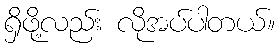
ရှိဖို့လည်း လိုအပ်ပါတယ်။